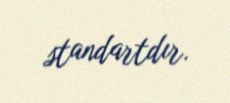
standartdır.